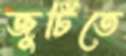
জুটিতে